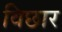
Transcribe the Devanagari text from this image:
विछार